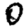
Digit: 0